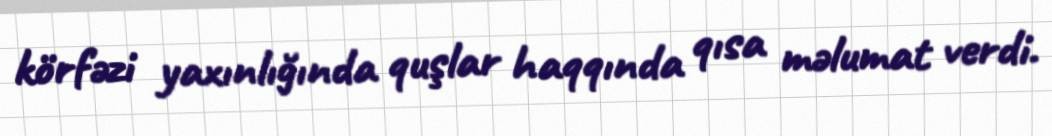
körfəzi yaxınlığında quşlar haqqında qısa məlumat verdi.